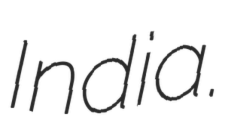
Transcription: India.